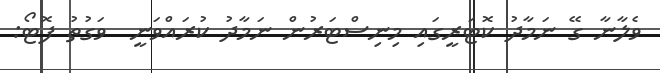
ވެލާނާ ގޭ ނަމާދު ކޮޓަރީގައި މިނިސްޓަރުން ނަމާދު ކުރައްވަނީ  ވަގުތު ފޮޓޯ: